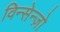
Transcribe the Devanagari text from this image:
विन्सेन्ज़ो